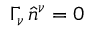
\Gamma _ { \nu } \, \hat { n } ^ { \nu } = 0